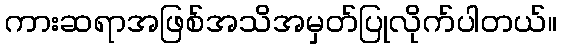
ကားဆရာအဖြစ်အသိအမှတ်ပြုလိုက်ပါတယ်။